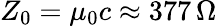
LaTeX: Z_{0}=\mu_{0}c\approx 377\, \Omega